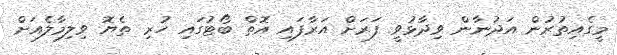
މީގެއިތުރުން އަދުނާން ވިދާޅުވީ ފަރަށް އަރާފައި އޮތް ބޯޓުގައި ހުރި ތެޔޮ ވިލިމާލެއަށް